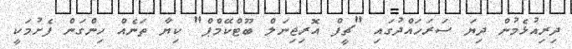
ދިރިއުޅެމުން ދިޔަ ސަރަހައްދުގައި "ޗީފް އޮރިޖިނަލް ބޫޓްކޭމްޕް" ކިޔާ ތަނެއް ހިންގަން ފެށުމަކީ